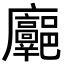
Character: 𢌓